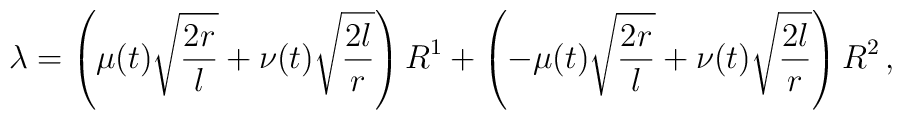
\lambda = \left(\mu(t)\sqrt{\frac{2r}{l}} + \nu(t)\sqrt{\frac{2l}{r}}\right) R^1          + \left(-\mu(t)\sqrt{\frac{2r}{l}} + \nu(t)\sqrt{\frac{2l}{r}}\right) R^2\,,